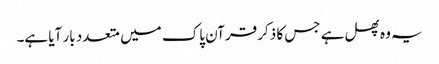
یہ وہ پھل ہے جس کا ذکر قرآن پاک میں متعدد بار آیا ہے۔